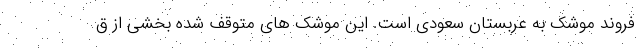
فروند موشک به عربستان سعودی است. این موشک های متوقف شده بخشی از ق